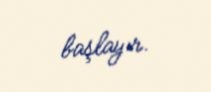
başlayır.